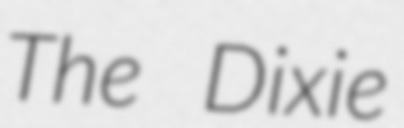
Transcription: The Dixie